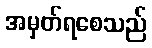
အမှတ်ရစေသည်